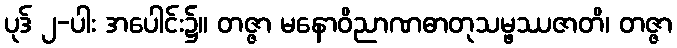
ပုဒ် ၂-ပါး အပေါင်း၌။ တဇ္ဇာ မနောဝိညာဏဓာတုသမ္ဖဿဇာတိ၊ တဇ္ဇာ